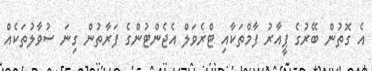
އެ ގޮތުން ބޭރުގެ ޕީއާރު ފާމްތަކާއި ޓްރެވަލް އެޖެންޓުންގެ ފަރާތުން ގިނަ ސުވާލުތަކެއް